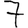
Digit: 7